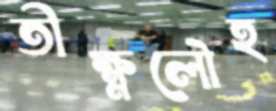
তীক্ষ্ণলৌহ